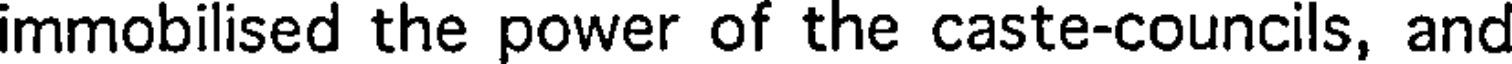
immobilised the power of the caste-councils, and